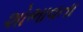
શોભાવતા